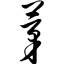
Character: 茅